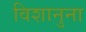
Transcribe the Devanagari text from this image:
विशानुना